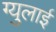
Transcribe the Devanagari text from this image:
ग्युलाई